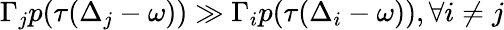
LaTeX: \Gamma_{j}p(\tau(\Delta_{j}-\omega))\gg\Gamma_{i}p(\tau(\Delta_{i}-\omega)),\forall i\neq j